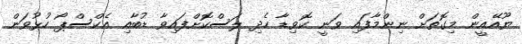
ޔޫއޭއީން މިގޮތަށް ނިންމާފައި ވަނީ ކޮވިޑާ ހެދި ލަސްކޮށްފައިވާ ޑުބާއި އެކްސްޕޯ ހުޅުވަން